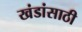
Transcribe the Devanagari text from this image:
खंडांसाठी